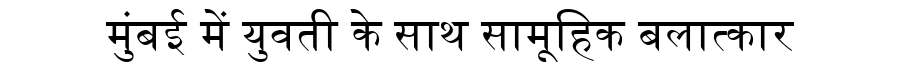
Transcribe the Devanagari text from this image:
मुंबई में युवती के साथ सामूहिक बलात्कार